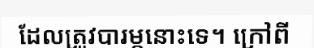
ដែលត្រូវបារម្ភនោះទេ។ ក្រៅពី